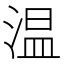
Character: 温